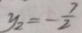
y _ { 2 } = - \frac { 7 } { 2 }